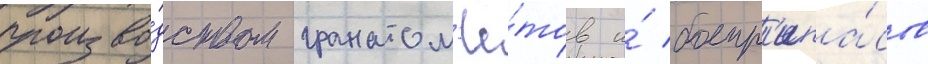
произво́дством гранатом'ё́тов и́ боепр'ипа́сов